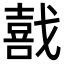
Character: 𫼅